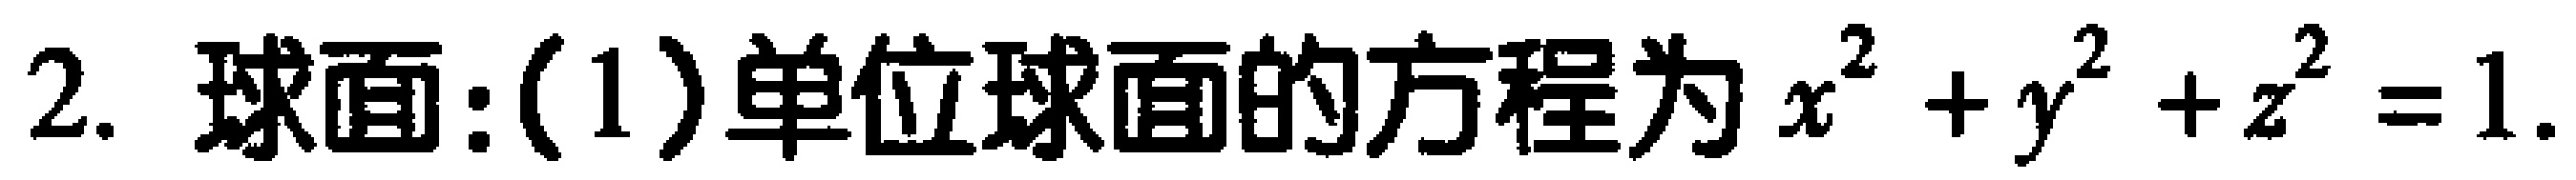
2. 球面:（1）单位球面的方程为 \(x^{2}+y^{2}+z^{2}=1\).